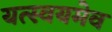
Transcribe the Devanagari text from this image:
यत्स्वयमेव